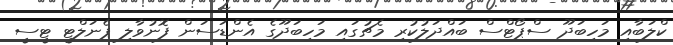
ކްލަބާއި މަހިބަދޫ ސްޕޯޓްސް ބައްދަލުކުރި މެޗުގައި މަހިބަދޫގެ އެންޑަސަން ފޮނުވާލި ޕެނަލްޓީ ޓީސީ